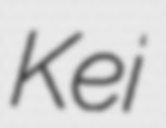
Kei